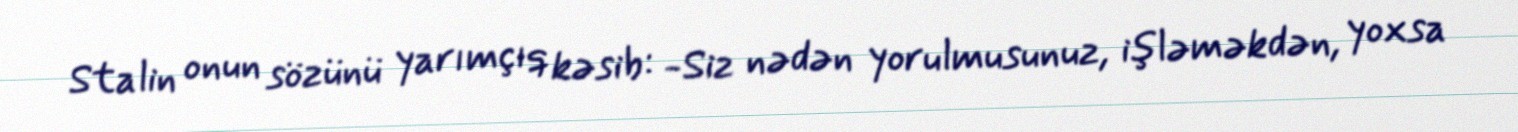
Stalin onun sözünü yarımçıq kəsib: -Siz nədən yorulmusunuz, işləməkdən, yoxsa